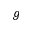
g